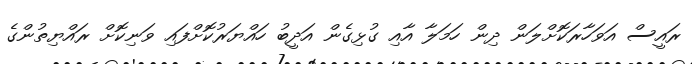
ރައީސް އަވަހާރަކޮށްލަން ދިން ހަމަލާ އާއި ގުޅިގެން އަދީބު ހައްޔަރުކޮށްފައި ވަނިކޮށް ރައްޔިތުންގެ